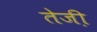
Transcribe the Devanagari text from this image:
तेजी़